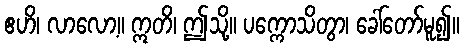
ဧဟိ၊ လာလော့။ ဣတိ၊ ဤသို့။ ပက္ကောသိတွာ၊ ခေါ်တော်မူ၍။